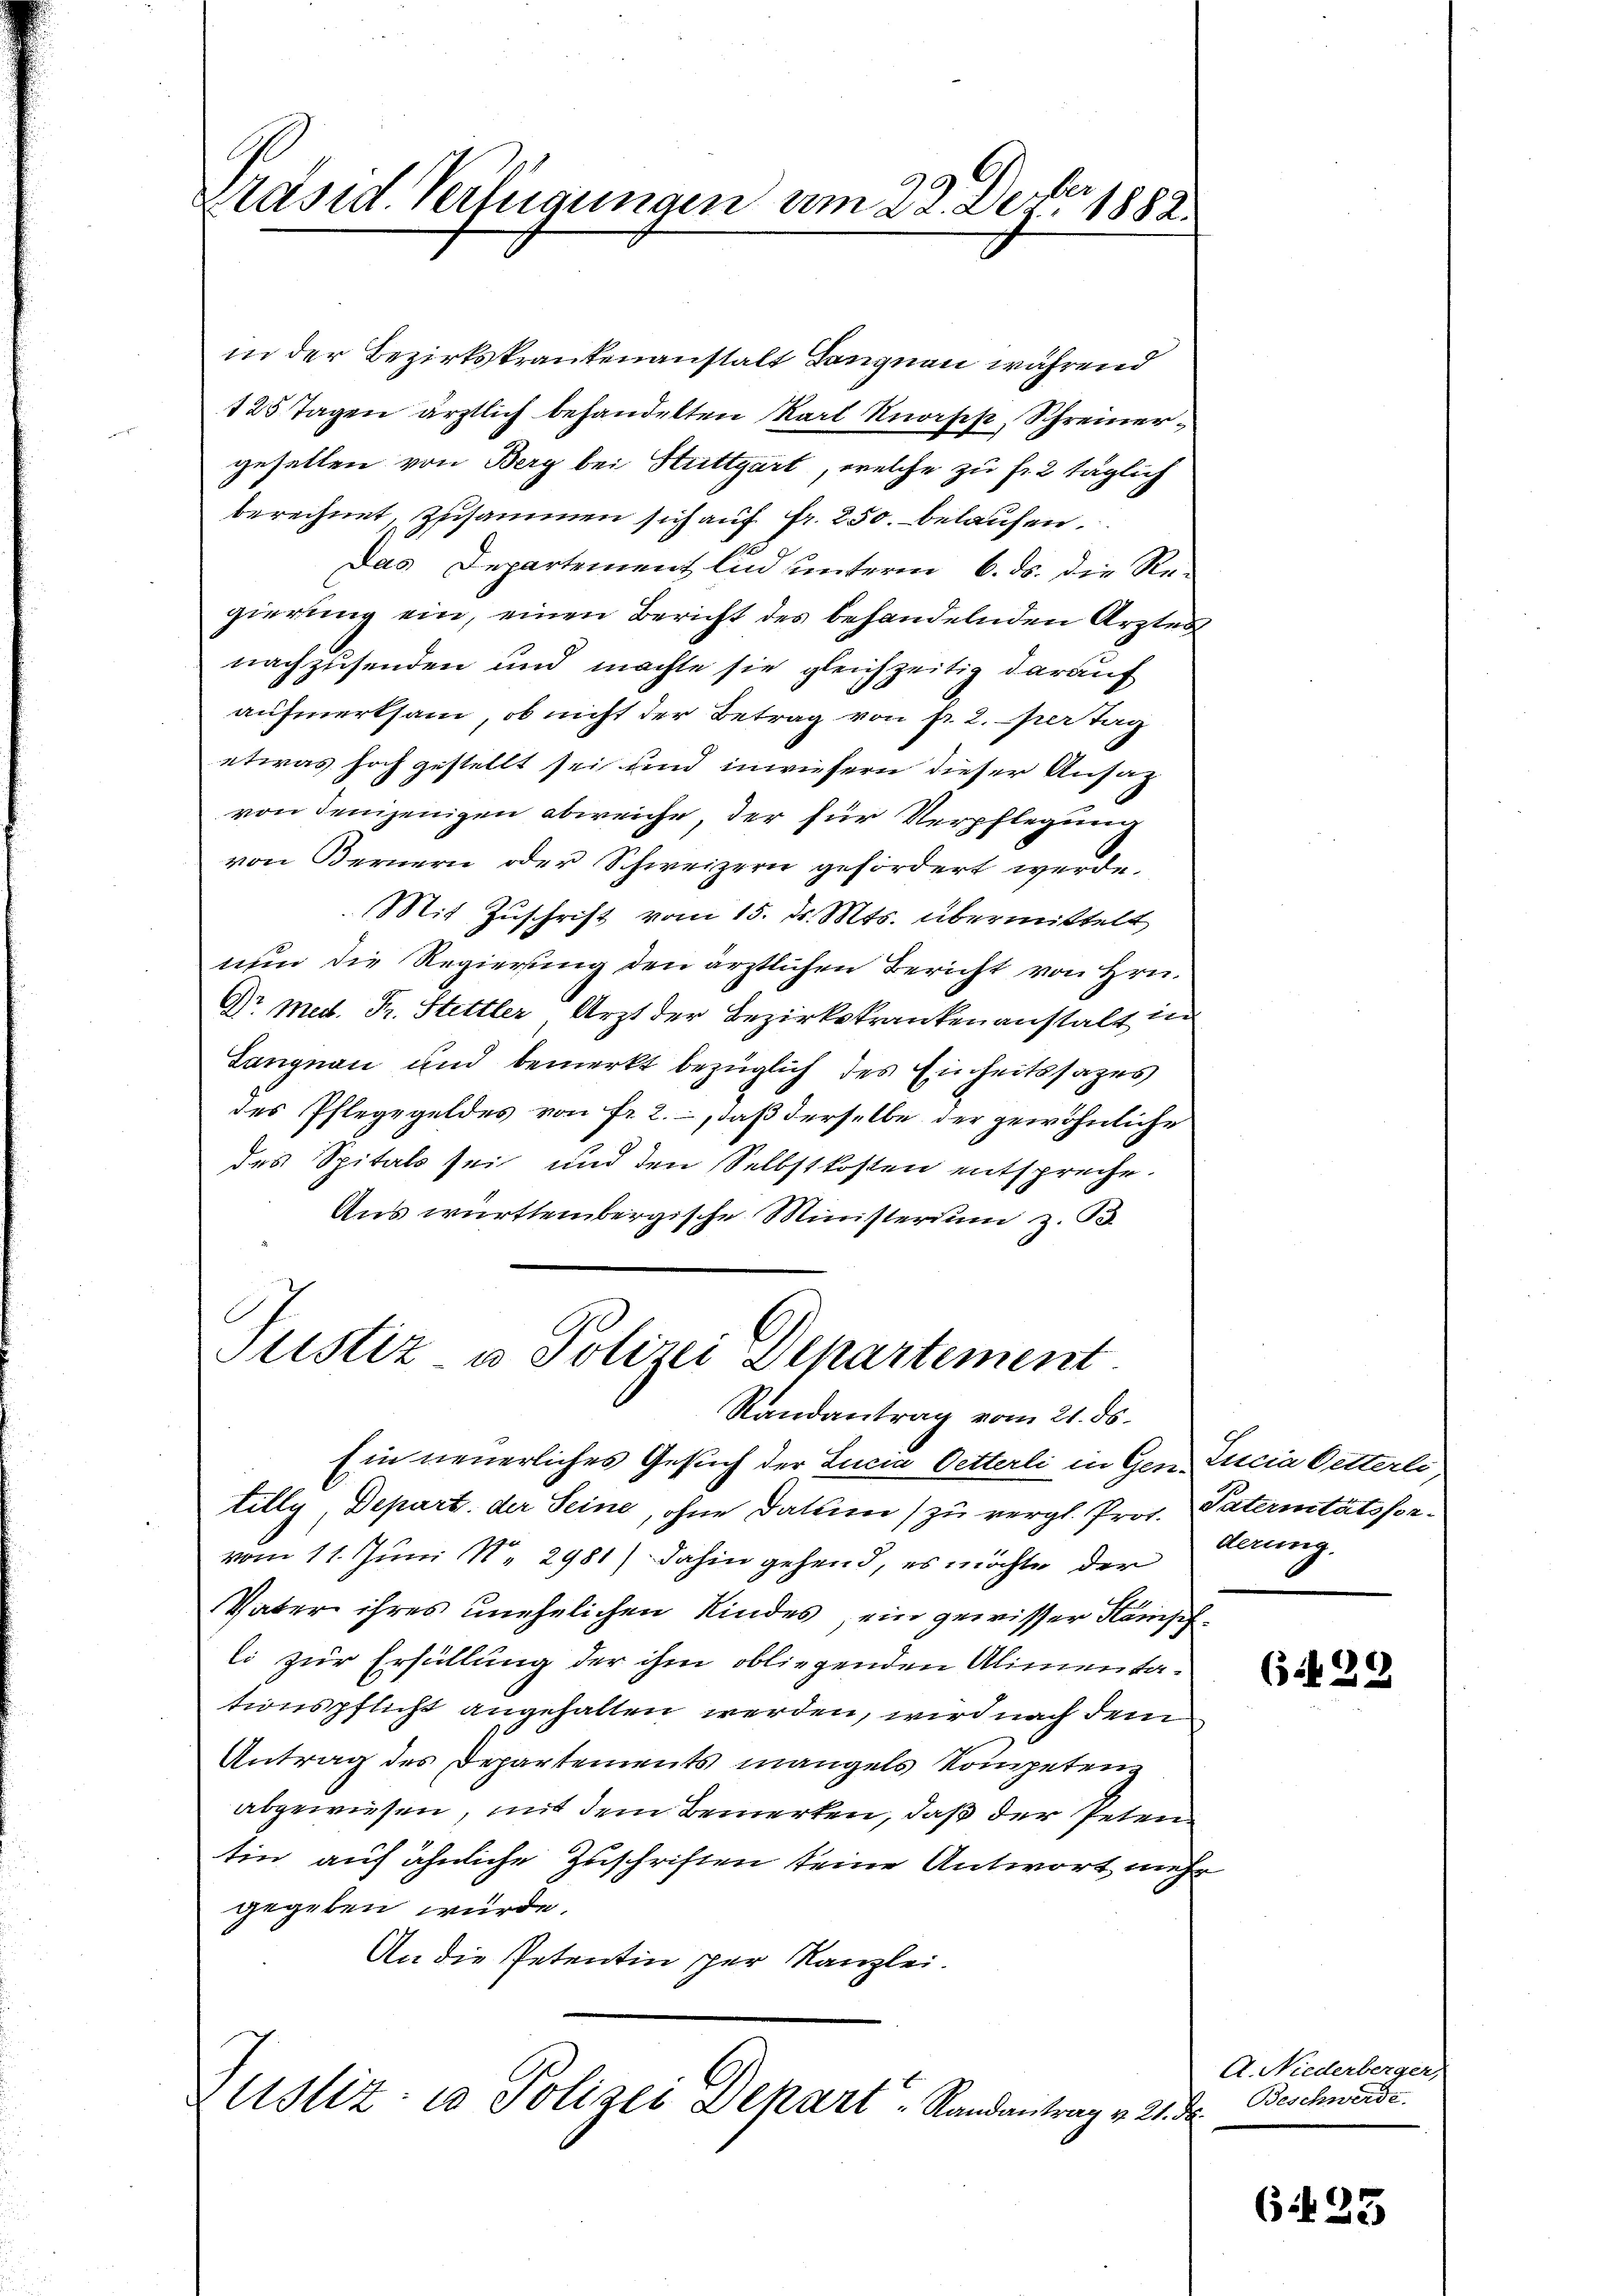
Präsid. Verfügungen am 22. Dez. 1882.

in der Bezirkskrankenanstalt Langnau während
125 Tagen ärztlich behandelten Karl Kuorpp, Schreinergefallen von Berg bei Stuttgart, welche zu fr. 2 täglich
berechnet, zusammen sich auf Fr. 250. belaufen.
Das Departement lud unterm 6. ds. die Re-
gierung ein, einen Bericht des behandelnden Arztes
nachzusenden und machte sie gleichzeitig darauf
aufmerksam, ob nicht der Betrag von fr. 2. per tag
etwas hoch gestellt sei und inwiefern dieser Ansag
von denjenigen abweiche, der für Verpflegung
von Bernern oder Schweizern gefördert werde.
Mit Zuschrift vom 15. d. Mts. übermittelt
nun die Regierung den ärztlichen Bericht von Hrn.
Dr med. Fr. Stettler Arzt der Bezirkskrankenanstalt in
Langnau und bemerkt bezüglich des Einheitssages
des Pflegegeldes von fr. 2., daß derselbe der gewöhnliche
des Spitals sei und den Selbstkosten entspreche.
Aus württembergische Ministerium z. B.

Justiz- u Polizei Departement.
Randantrag vom 21. ds.

Ein neuerliches Gesuch der Lucia Oetterli in Gen. Lucia Oetterle
tilly, Depart. der Seine, ohne Datum zu vergl. Prof. Paternitätsforvom 11. Juni N. 2981) dahin gehend, es möchte der
E
Vater ihres unehelichen Kindes, ein gewisser Häuschli zur Erfüllung der ihm obliegenden Alimentationspflicht angehalten werden, wird nach dem
Antrag des Departements mangels Kompetenz
abgewiesen, mit dem Bemerken, daß der Peten
tin auf ähnliche Zuschriften seine Antwort mehr
gegeben würde.
An die Petentin per Kanzlei.

Astiz- u Polizei Depart. Randantrag v. 2.

derung.

629

A. Niederberger,
Beschwerde.
f

625